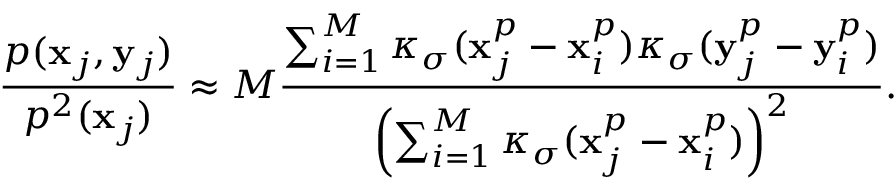
\frac { p ( \mathbf { x } _ { j } , \mathbf { y } _ { j } ) } { p ^ { 2 } ( \mathbf { x } _ { j } ) } \approx M \frac { \sum _ { i = 1 } ^ { M } \kappa _ { \sigma } ( \mathbf { x } _ { j } ^ { p } - \mathbf { x } _ { i } ^ { p } ) \kappa _ { \sigma } ( \mathbf { y } _ { j } ^ { p } - \mathbf { y } _ { i } ^ { p } ) } { \left( \sum _ { i = 1 } ^ { M } \kappa _ { \sigma } ( \mathbf { x } _ { j } ^ { p } - \mathbf { x } _ { i } ^ { p } ) \right) ^ { 2 } } .